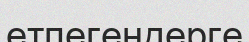
етпегендерге